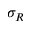
\sigma _ { R }